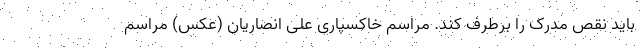
باید نقص مدرک را برطرف کند. مراسم خاکسپاری علی انصاریان (عکس) مراسم